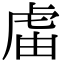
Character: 𧆣